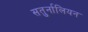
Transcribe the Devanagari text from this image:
सतुर्नालियन